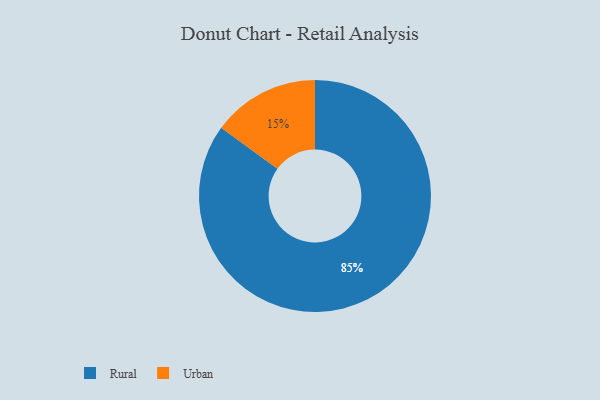
{"axis": {"x": "Category", "y": "Percentage"}, "legend": ["Rural", "Urban"], "data": [{"x": "Rural", "y": 85, "type": "Rural"}, {"x": "Urban", "y": 15, "type": "Urban"}]}